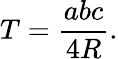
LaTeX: T={\frac{abc}{4R}}.